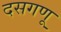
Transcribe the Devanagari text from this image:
दसगणू